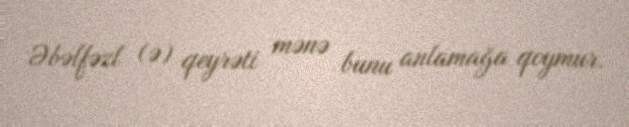
Əbəlfəzl (ə) qeyrəti mənə bunu anlamağa qoymur.